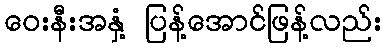
ဝေးနီးအနှံ့ ပြန့်အောင်ဖြန့်လည်း